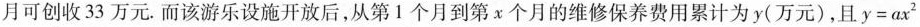
月可创收33万元。而该游乐设施开放后，从第1个月到第x个月的维修保养费用累计为y(万元) , 且y=ax^{2}